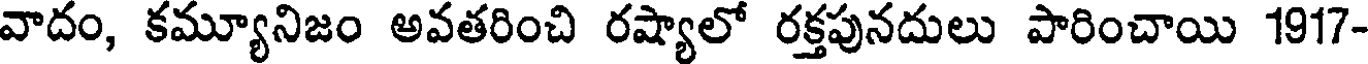
వాదం, కమ్యూనిజం అవతరించి రష్యాలో రక్తపునదులు పారించాయి 1917-